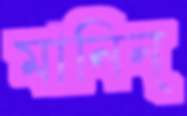
মানিন্